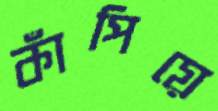
কাঁপিয়ে